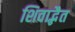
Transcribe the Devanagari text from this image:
शिवाद्भैत